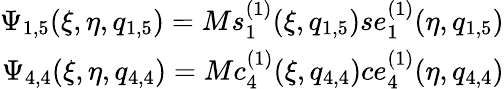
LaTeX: \begin{array}{r}{\Psi_{1,5}(\xi,\eta,q_{1,5})=Ms_{1}^{(1)}(\xi,q_{1,5})se_{1}^{(1)}(\eta,q_{1,5})}\\ {\Psi_{4,4}(\xi,\eta,q_{4,4})=Mc_{4}^{(1)}(\xi,q_{4,4})ce_{4}^{(1)}(\eta,q_{4,4})}\end{array}